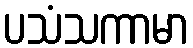
ပသံသကာမာ